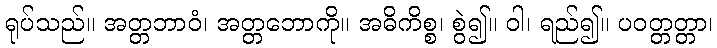
ရုပ်သည်။ အတ္တဘာဝံ၊ အတ္တဘောကို။ အဓိကိစ္စ၊ စွဲ၍။ ဝါ၊ ရည်၍။ ပဝတ္တတ္တာ၊